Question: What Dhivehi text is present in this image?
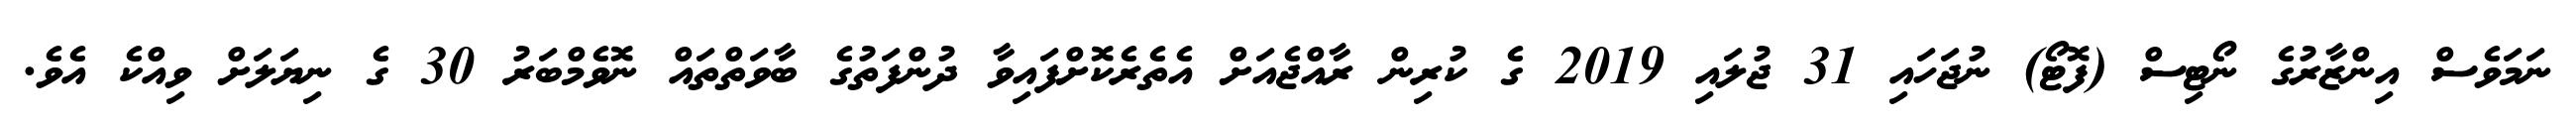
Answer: ނަމަވެސް އިންޒާރުގެ ނޯޓިސް (ފޮޓޯ) ނުޖަހައި 31 ޖުލައި 2019 ގެ ކުރިން ރާއްޖެއަށް އެތެރެކޮށްފައިވާ ދުންފަތުގެ ބާވަތްތައް ނޮވެމްބަރު 30 ގެ ނިޔަލަށް ވިއްކެ އެވެ.